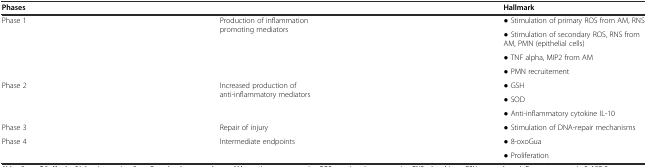
<table><thead><tr><td colspan="2"><b>Phases</b></td><td><b>Hallmark</b></td></tr></thead><tbody><tr><td rowspan="4">Phase 1</td><td rowspan="4">Production of inflammation promoting mediators</td><td>● Stimulation of primary ROS from AM, RNS</td></tr><tr><td>● Stimulation of secondary ROS, RNS from AM, PMN (epithelial cells)</td></tr><tr><td>● TNF alpha, MIP2 from AM</td></tr><tr><td>● PMN recruitement</td></tr><tr><td rowspan="3">Phase 2</td><td rowspan="3">Increased production of anti-inflammatory mediators</td><td>● GSH</td></tr><tr><td>● SOD</td></tr><tr><td>● Anti-inflammatory cytokine IL-10</td></tr><tr><td>Phase 3</td><td>Repair of injury</td><td>● Stimulation of DNA-repair mechanisms</td></tr><tr><td rowspan="2">Phase 4</td><td rowspan="2">Intermediate endpoints</td><td>● 8-oxoGua</td></tr><tr><td>● Proliferation</td></tr></tbody></table>